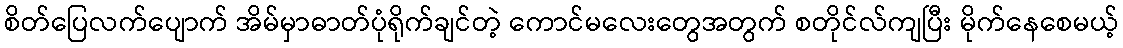
စိတ်ပြေလက်ပျောက် အိမ်မှာဓာတ်ပုံရိုက်ချင်တဲ့ ကောင်မလေးတွေအတွက် စတိုင်လ်ကျပြီး မိုက်နေစေမယ့်